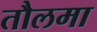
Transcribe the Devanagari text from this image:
तौलमा